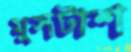
মুসটাশ